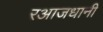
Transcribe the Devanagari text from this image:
रआजधानी